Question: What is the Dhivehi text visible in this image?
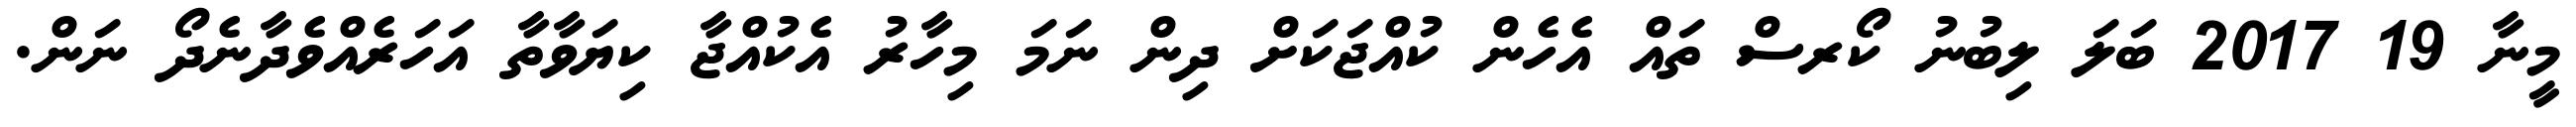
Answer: މީނާ 19 2017 ބަލަ ލިބުނު ކޯރސް ތައް އެހެން ކުއްޖަކަށް ދިން ނަމަ މިހާރު އެކުއްޖާ ކިޔަވާތާ އަހަރެއްވެދާނެދޯ ނަން.